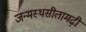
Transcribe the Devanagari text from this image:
जन्मस्थसीतामढ़ी